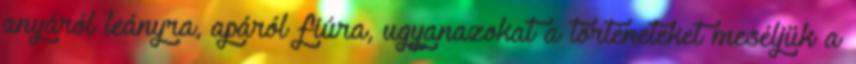
anyáról leányra, apáról fiúra, ugyanazokat a történeteket meséljük a